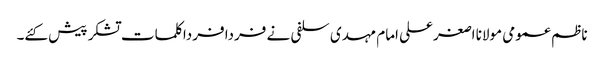
ناظم عمومی مولانا اصغرعلی امام مہدی سلفی نے فردا فردا کلمات تشکر پیش کئے۔